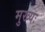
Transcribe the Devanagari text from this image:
मुख्यः